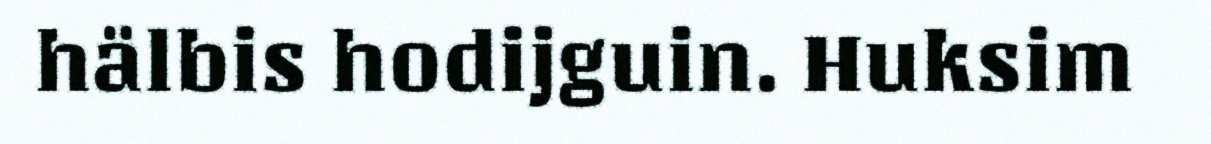
hälbis hodijguin. Huksim